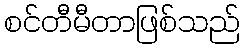
စင်တီမီတာဖြစ်သည်